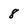
Character: 8